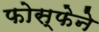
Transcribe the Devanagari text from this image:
फोस्फेने